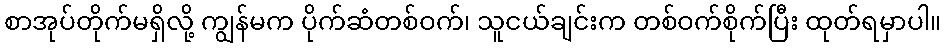
စာအုပ်တိုက်မရှိလို့ ကျွန်မက ပိုက်ဆံတစ်ဝက်၊ သူငယ်ချင်းက တစ်ဝက်စိုက်ပြီး ထုတ်ရမှာပါ။